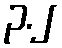
၃.၂